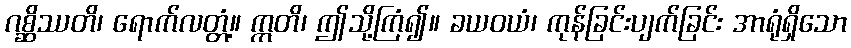
ဂစ္ဆိဿတိ၊ ရောက်လတ္တံ့။ ဣတိ၊ ဤသို့ကြံ၍။ ခယဝယံ၊ ကုန်ခြင်းပျက်ခြင်း အာရုံရှိသော